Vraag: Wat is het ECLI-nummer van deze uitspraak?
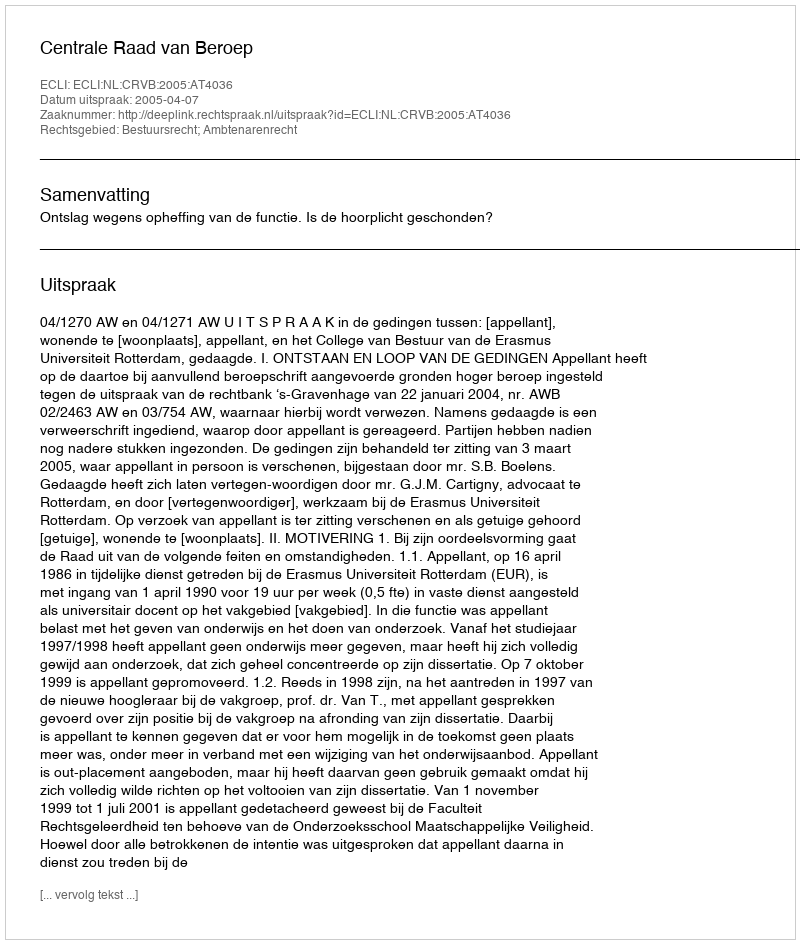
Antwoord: ECLI:NL:CRVB:2005:AT4036